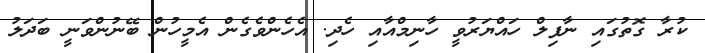
ކުރާ ގޮތުގައި ނާފިލް ހައްޔަރުވީ ހާނިމްއާއި ހެދި. އެހެންވެގެން އެމީހުން ބޭނުންވަނީ ބަދަލު